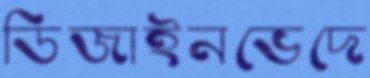
ডিজাইনভেদে